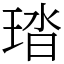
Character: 𤦊